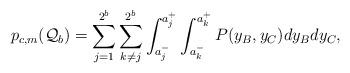
LaTeX: \begin{align*}p_{c, m}(\mathcal{Q}_{b}) = \sum_{j=1}^{2^b}\sum_{k \neq j}^{2^b}\int_{a^-_j}^{a^+_j}\int_{a^-_k}^{a^+_k} P(y_{B},y_{C}) dy_B dy_C,\end{align*}